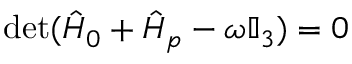
\operatorname* { d e t } ( \hat { H } _ { 0 } + \hat { H } _ { p } - \omega \mathbb { I } _ { 3 } ) = 0